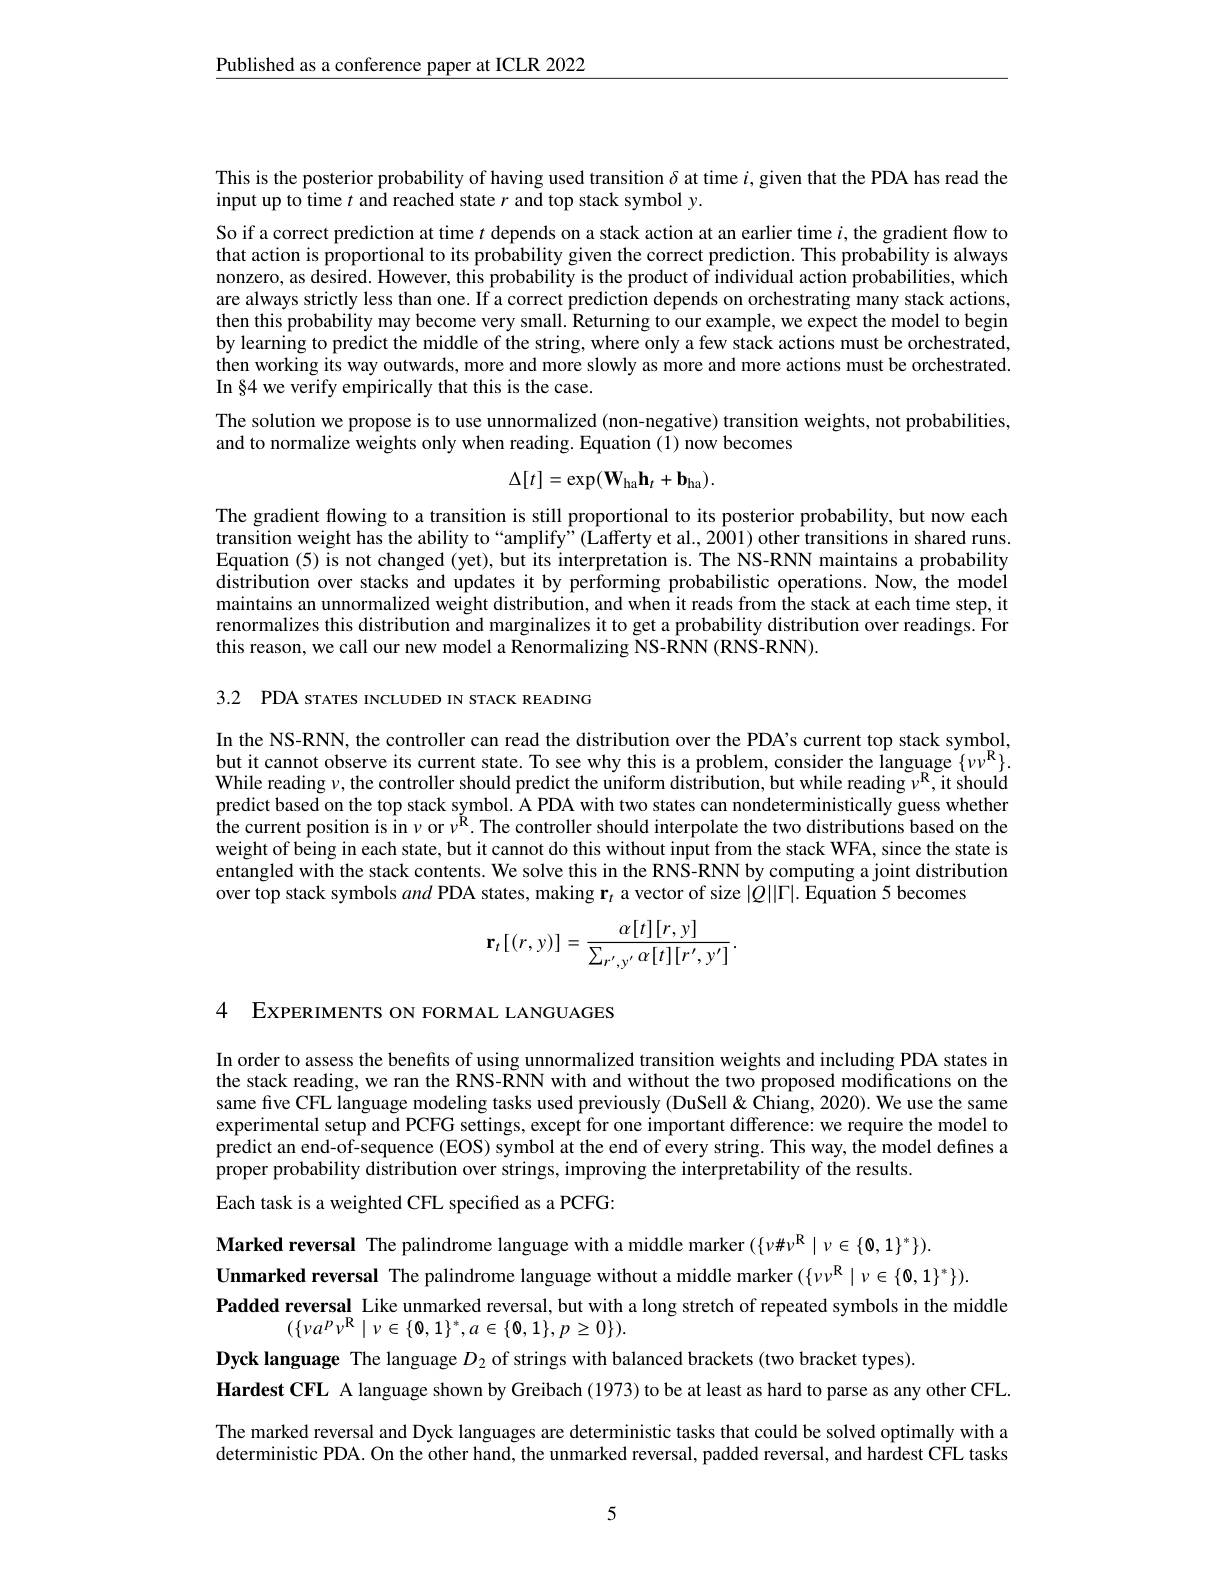
$\underline{\text{Published as a conference paper at ICLR 2022}}$

This is the posterior probability of having used transition $\delta$ at time $i$,given that the PDA has read the
input up to time $t$ and reached state $r$ and top stack symbol y.

So if a correct prediction at time $t$ depends on a stack action at an earlier time $i$, the gradient flow to that action is proportional to its probability given the correct prediction. This probability is always nonzero, as desired. However, this probability is the product of individual action probabilities, which are always strictly less than one. If a correct prediction depends on orchestrating many stack actions, then this probability may become very small. Returning to our example, we expect the model to begin by learning to predict the middle of the string, where only a few stack actions must be orchestrated, then working its way outwards, more and more slowly as more and more actions must be orchestrated. In §4 we verify empirically that this is the case.

The solution we propose is to use unnormalized (non-negative) transition weights, not probabilities,
and to normalize weights only when reading. Equation (1) now becomes
$$\Delta[t]=\exp(\mathbf{W}_{\mathrm{ha}}\mathbf{h}_{t}+\mathbf{b}_{\mathrm{ha}}).$$
The gradient flowing to a transition is still proportional to its posterior probability, but now each transition weight has the ability to “amplify”(Lafferty et al., 2001) other transitions in shared runs. Equation (5) is not changed (yet), but its interpretation is. The NS-RNN maintains a probability distribution over stacks and updates it by performing probabilistic operations. Now, the model maintains an unnormalized weight distribution, and when it reads from the stack at each time step, it renormalizes this distribution and marginalizes it to get a probability distribution over readings. For this reason, we call our new model a Renormalizing NS-RNN (RNS-RNN).

3.2 PDA sTATES INCLUDED IN STACK READING

In the NS-RNN, the controller can read the distribution over the PDA's current top stack symbol, but it cannot observe its current state. To see why this is a problem, consider the language $\{\nu\nu^\mathrm{R}\}.$ While reading $\nu$,the controller should predict the uniform distribution, but while reading $\nu^\mathrm{R}$,it should predict based on the top stack symbol. A PDA with two states can nondeterministically guess whether the current position is in $\nu$ or $\nu^\mathrm{\acute{R}}.$ The controller should interpolate the two distributions based on the weight of being in each state, but it cannot do this without input from the stack WFA, since the state is entangled with the stack contents. We solve this in the RNS-RNN by computing a joint distribution over top stack symbols and PDA states, making r$_t$ a vector of size $|Q||\Gamma|.$ Equation 5 becomes
$$\mathbf{r}_{t}[(r,y)]=\frac{\alpha[t][r,y]}{\sum_{r',y'}\alpha[t][r',y']}.$$
4 EXPERIMENTS ON FORMAL LANGUAGES

In order to assess the benefits of using unnormalized transition weights and including PDA states in the stack reading, we ran the RNS- ŠNN with and without the two proposed modifications on the same five CFL language modeling tasks used previously (DuSell&Chiang, 2020). We use the same experimental setup and PCFG settings, except for one important difference: we require the model to predict an end-of-sequence (EOS) symbol at the end of every string. This way, the model defines a proper probability distribution over strings, improving the interpretability of the results.
Each task is a weighted CFL specified as a PCFG:

Marked reversal The palindrome language with a middle marker $(\{\nu\#\nu^\mathrm{R}\mid\nu\in\{0,1\}^*\}).$
Unmarked reversal The palindrome language without a middle marker $(\{\nu\nu^\mathrm{R}\mid\nu\in\{0,1\}^*\}).$
Padded reversal Like unmarked reversal, but with a long stretch of repeated symbols in the middle
$(\{\nu a^{p}\nu^{\mathrm{R}}\mid\nu\in\{0,1\}^{*},a\in\{0,1\},p\geq0\}).$
Dyck language The language $D_{2}$ of strings with balanced brackets (two bracket types).
Hardest CFL A language shown by Greibach (1973) to be at least as hard to parse as any other CFL. The marked reversal and Dyck languages are deterministic tasks that could be solved optimally with a

deterministic PDA. On the other hand, the unmarked reversal, padded reversal, and hardest CFL tasks

5